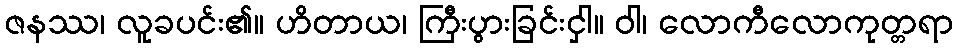
ဇနဿ၊ လူခပင်း၏။ ဟိတာယ၊ ကြီးပွားခြင်းငှါ။ ဝါ၊ လောကီလောကုတ္တရာ